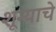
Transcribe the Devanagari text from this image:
शून्याचे